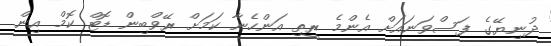
ދުނިޔޭގެ ފަސްވަނައަށް އެންމެ ރީތި އަންހެނާ ކަމަށް ރޭވްބިން ޑޮޓް ކޮމް އިން